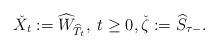
LaTeX: \begin{align*}\check{X}_t:=\widehat{W}_{\widehat{T}_t},\; t\geq 0,\check{\zeta}:=\widehat{S}_{\tau-}. \end{align*}